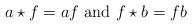
LaTeX: \begin{align*} a \star f = af \mbox{ and } f \star b = fb\end{align*}